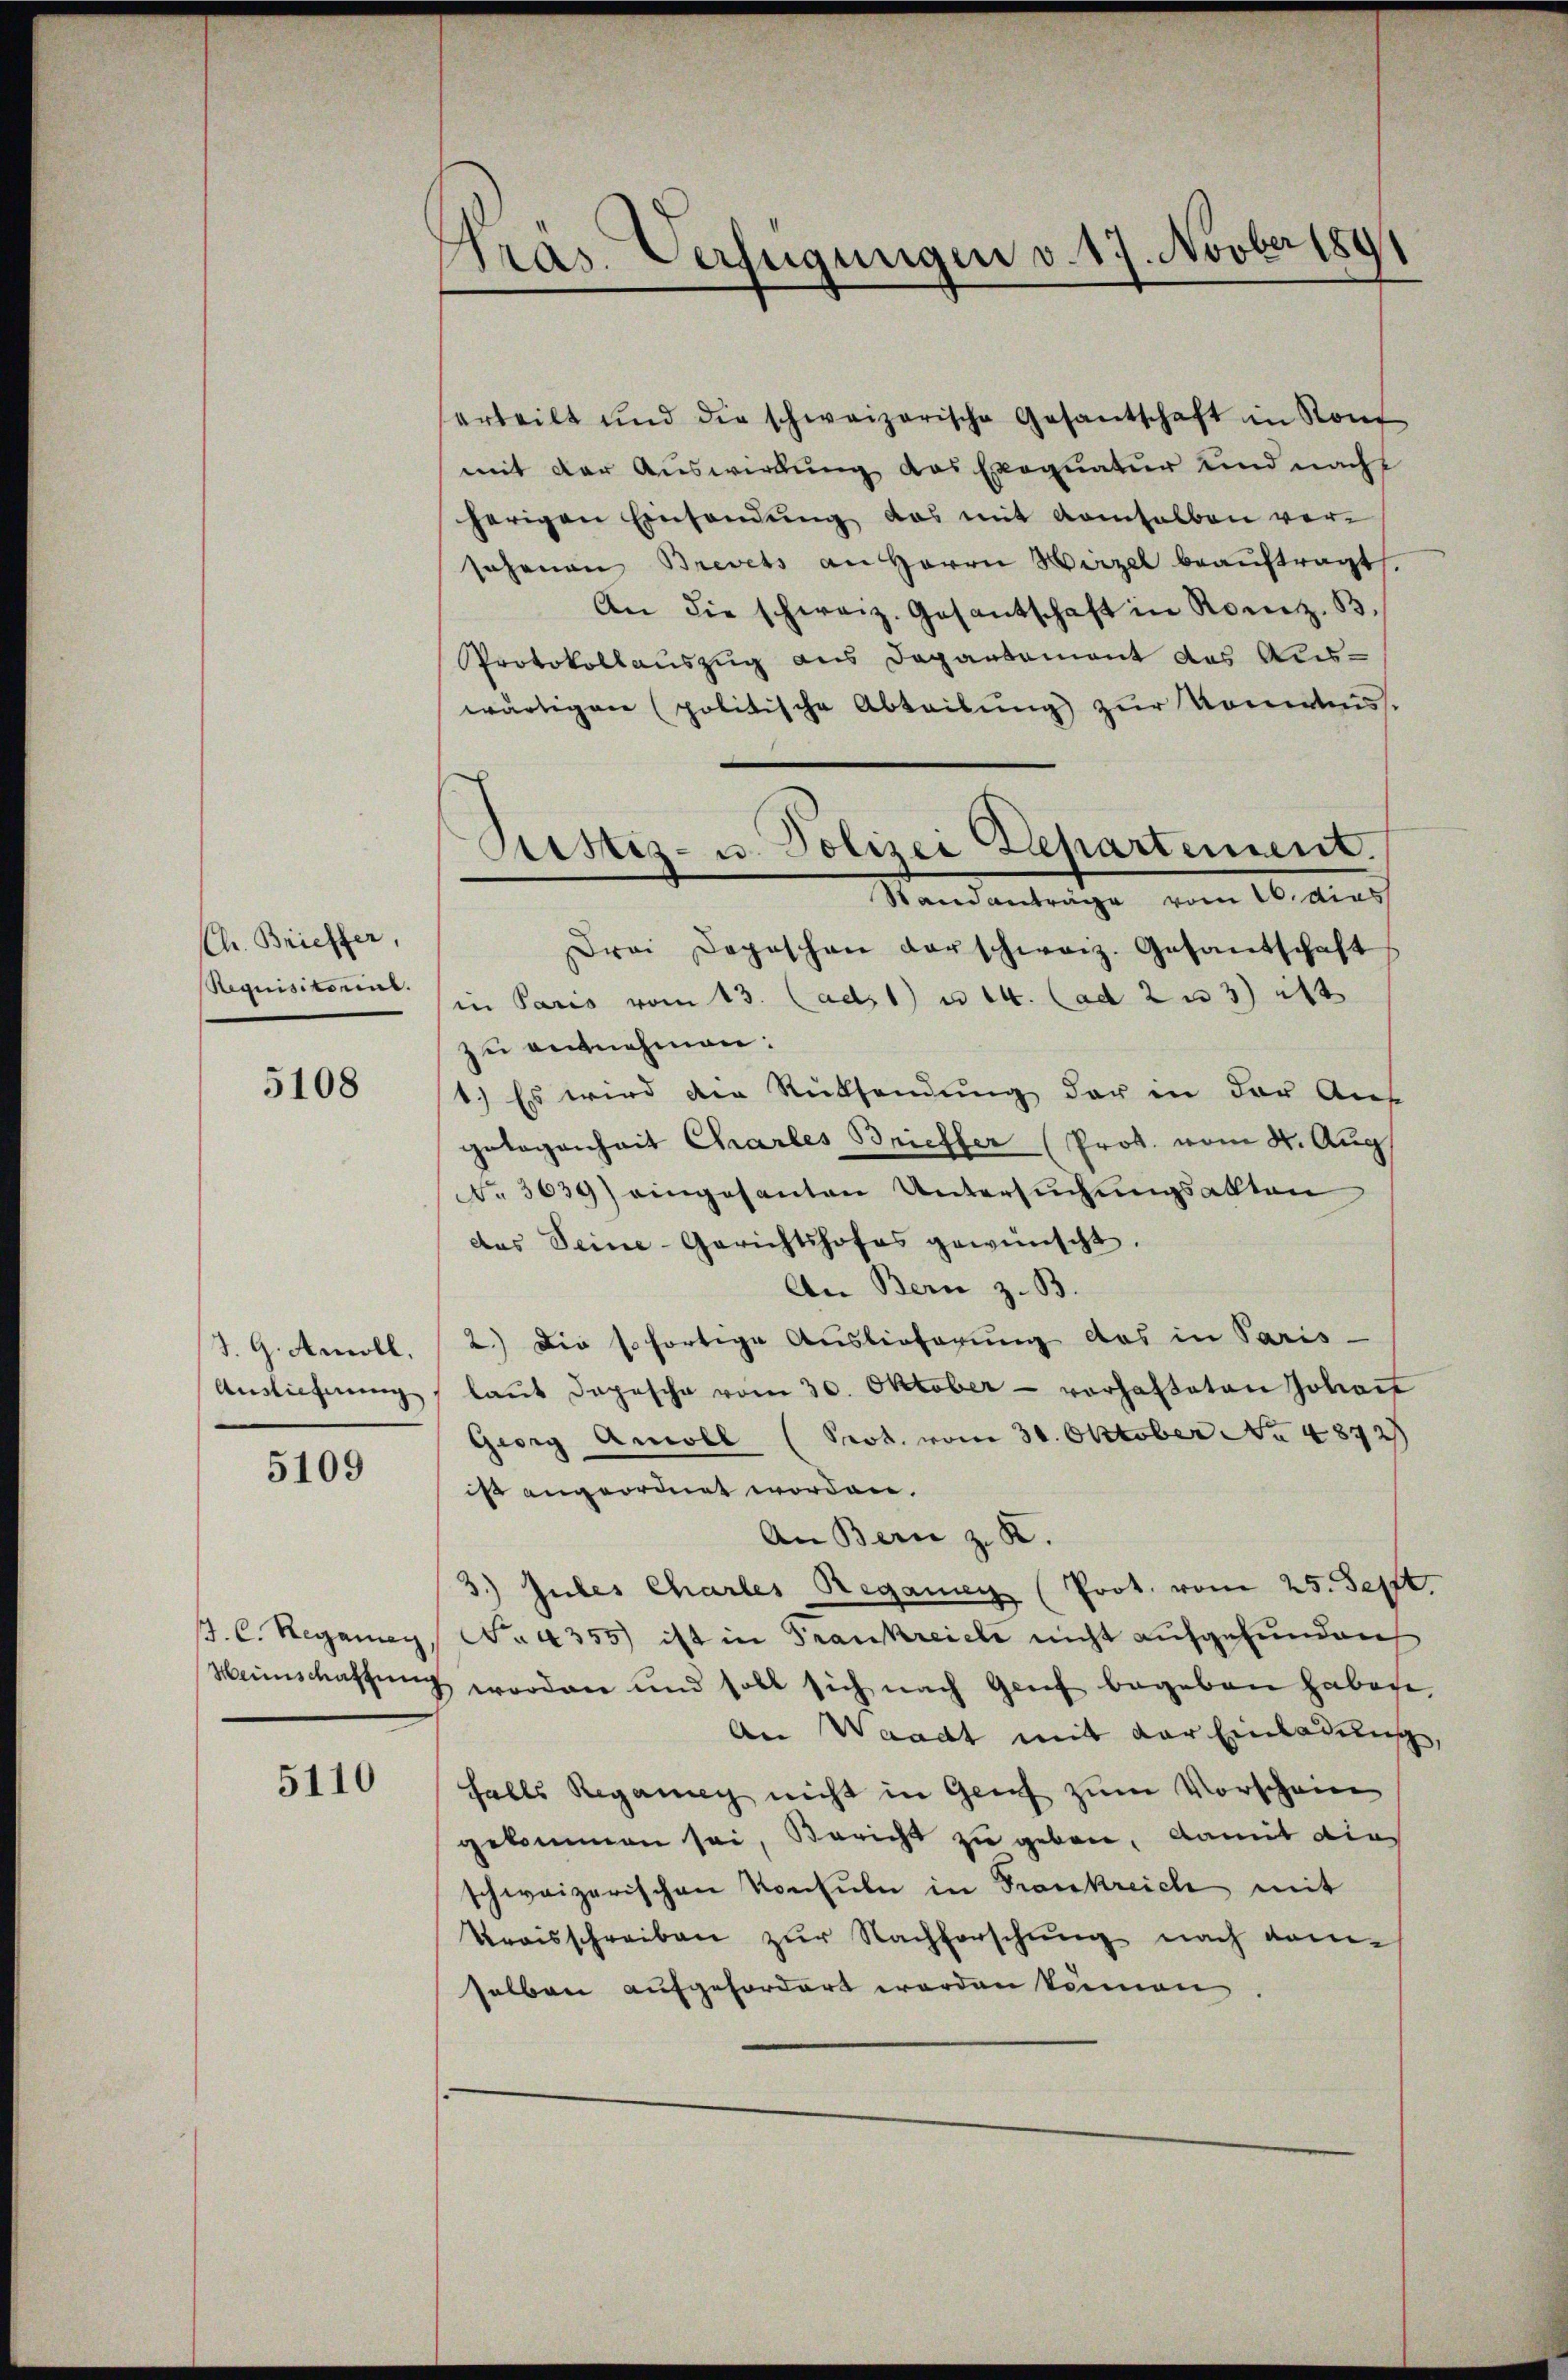
Ch. Brieffer,
Requisitorial.

5108

J. G. Amoll.
Ausliehnung

5109

J. C. Regaman
Weinschaftung

5110

Pras. Verfügungen v. 17. Novber 1891

Sistiz- u. Polizei Repartement.
Standanträge vom 16. dies

erteilt und die schweizerische Gesantschaft in Konf
mit der Auswirkung das Exequatur und nacht
herigen Einsendung das mit demselben versahenen Brevets an Herrn Hirzel beauftragt.
An die schweiz. Gesantschaft in Ronz. B.
Protokollauszug aus Departement das Auswärtigen politische Abteibung zur Kommiss.
Drei Depeschen darschweiz. Gesandschaft
in Paris vom 13. (ads1) u. 14. (ad 2 u 3) i
zu entnehmen:
1.) Es wird die Rüksendung der in der Aus
gelegenheit Chartes Brieffer (Prot. vom 4. Aug.
No. 3639) eingesanten Untersuchungsakten
des Seine-Gerichtshofes gewünscht.
An Bern z. B.
2.) Die sofortige Auslieferung das in Paris -
laŭt dopesche vom 30. Oktober - vorhafteten Johan
Georg Anwoll (Prot. vom 30. Oktober No 4872
ist angeordnet worden.
An Bern z. R.
3.) Gutes Chartes Regamen (Prot. vom 25. Sept.
No. 4355) ist in Frankreich nicht aufgefunden
worden und soll sich nach Grief begeben habethe,
An Waadt mit der Einladung,
falls Regang nicht in Genf zum Vorschein
gekommen sei, Bericht zu geben, damit die
schweizerischen Konsuln in Frankreich mit
Kraisschreiben zur Nachforschung nach dam
selben aufgefordert worden können.